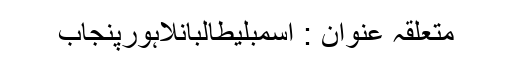
متعلقہ عنوان : اسمبلیطالبانلاہورپنجاب